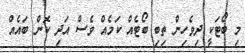
މި ބޯޓަކީ ދިވެހިން ތިބި ބޯޓެއް ކަމެއް ވެސް އަދި ކޮން ބައެއް